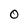
Character: o